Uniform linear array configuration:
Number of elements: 32
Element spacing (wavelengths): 0.5
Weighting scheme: uniform
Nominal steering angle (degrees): -60
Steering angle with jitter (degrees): -61.963
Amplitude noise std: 0.05
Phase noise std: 0.05

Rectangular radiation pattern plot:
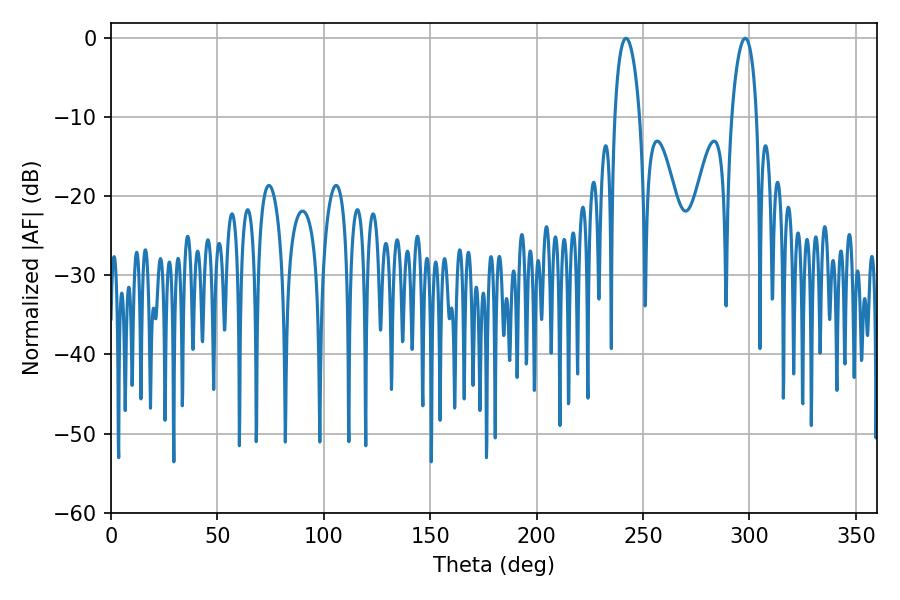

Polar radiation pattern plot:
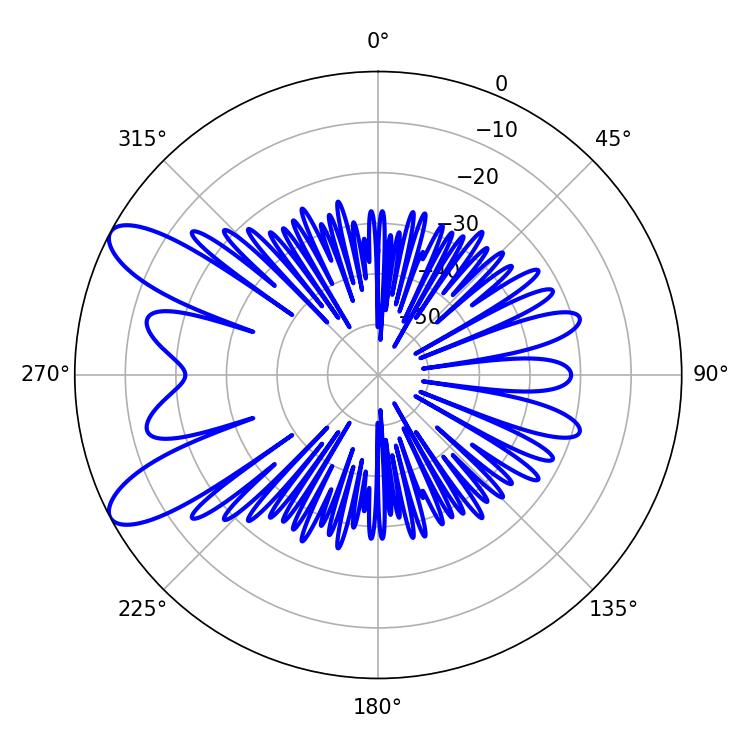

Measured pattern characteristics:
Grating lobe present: FALSE
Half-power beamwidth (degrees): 6.66
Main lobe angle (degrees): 241.92